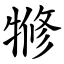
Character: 㹋